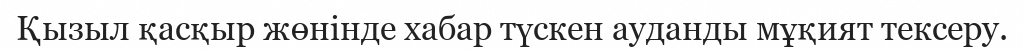
Қызыл қасқыр жөнінде хабар түскен ауданды мұқият тексеру.